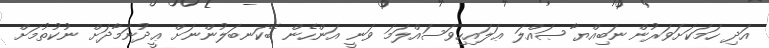
އަދި ހަމަކަށަވަރުން ނަބިއްޔާ ޞައްލަ ޢަލައިހިވަސައްލަމަ ވަނީ އަންހެން ބޭކަނބަލުންނަށް ޢީދުނަމާދަށް ނުކުތުމަށް